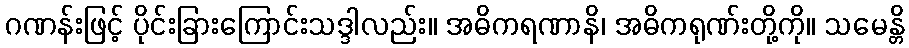
ဂဏန်းဖြင့် ပိုင်းခြားကြောင်းသဒ္ဒါလည်း။ အဓိကရဏာနိ၊ အဓိကရုဏ်းတို့ကို။ သမေန္တိ